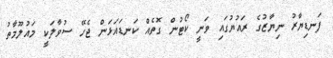
ފަނޑިޔާރު ނިޔާޒުގެ ރައުޔުގައި ވަނީ ކޯޓުން ގޮތެއް ކަނޑައަޅަން ޖެހޭ ސުވާލަކީ މައުލޫމާތު